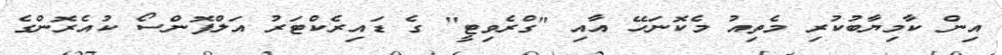
އިން ކާމިޔާބުކުރި މެތިއު މެކޮނަހޭ އާއި "ގްރެވިޓީ" ގެ ޑައިރެކްޓަރު އަލްފޮންސޯ ކުއެރޮންގެ